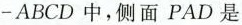
-ABCD中，侧面PAD是